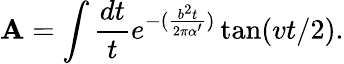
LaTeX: \mathbf{A}=\int\frac{{dt}}{{t}}e^{-(\frac{{b^{2}t}}{{2\pi\alpha^{\prime}}})}\tan(vt/2).